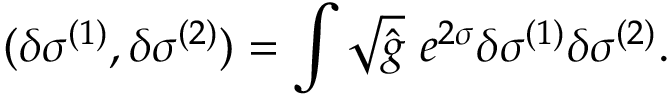
( \delta \sigma ^ { ( 1 ) } , \delta \sigma ^ { ( 2 ) } ) = \int \sqrt { \hat { g } } ~ e ^ { 2 \sigma } \delta \sigma ^ { ( 1 ) } \delta \sigma ^ { ( 2 ) } .